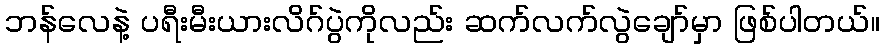
ဘန်လေနဲ့ ပရီးမီးယားလိဂ်ပွဲကိုလည်း ဆက်လက်လွဲချော်မှာ ဖြစ်ပါတယ်။